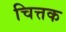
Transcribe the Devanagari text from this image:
चित्तक